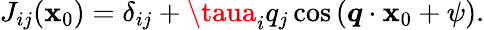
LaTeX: J_{ij}(\boldsymbol{\mathbf{x}}_{0})=\delta_{ij}+\taua_{i}q_{j}\cos{(\boldsymbol{q}\cdot\boldsymbol{\mathbf{x}}_{0}+\psi)}.